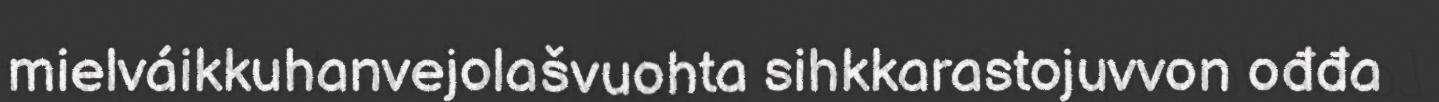
mielváikkuhanvejolašvuohta sihkkarastojuvvon ođđa